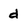
Character: d